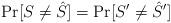
LaTeX: \begin{align*}&\Pr[S\ne\hat{S}]=\Pr[S^{\prime}\ne\hat{S}^{\prime}]\end{align*}